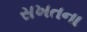
સખતના